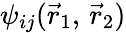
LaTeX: \psi_{ij}({\vec{r}}_{1},\, {\vec{r}}_{2})